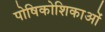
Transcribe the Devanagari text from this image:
पोषिकोशिकाओं